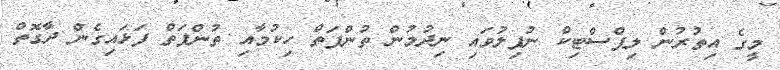
މީގެ އިތުރުން ލިޕްސްޓިކް ނުފިލުވައި ނިދުމުން ތުންފަތް ހިކުމާއި ތުންފަތް ފަޅައިގެން ދާގޮތް